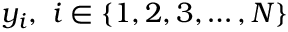
y _ { i } , \ i \in \{ 1 , 2 , 3 , \dotsc , N \}